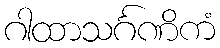
ဂါထာသင်္ဂဏိကံ